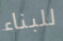
للبناء